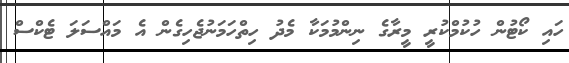
ހައި ކޯޓުން ހުކުމްކުރީ މީރާގެ ނިންމުމަކާ މެދު ހިތްހަމަނުޖެހިގެން އެ މައްސަލަ ޓެކްސް